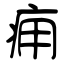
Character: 痈